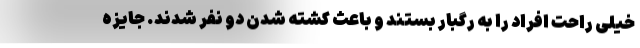
خیلی راحت افراد را به رگبار بستند و باعث کشته شدن دو نفر شدند. جایزه